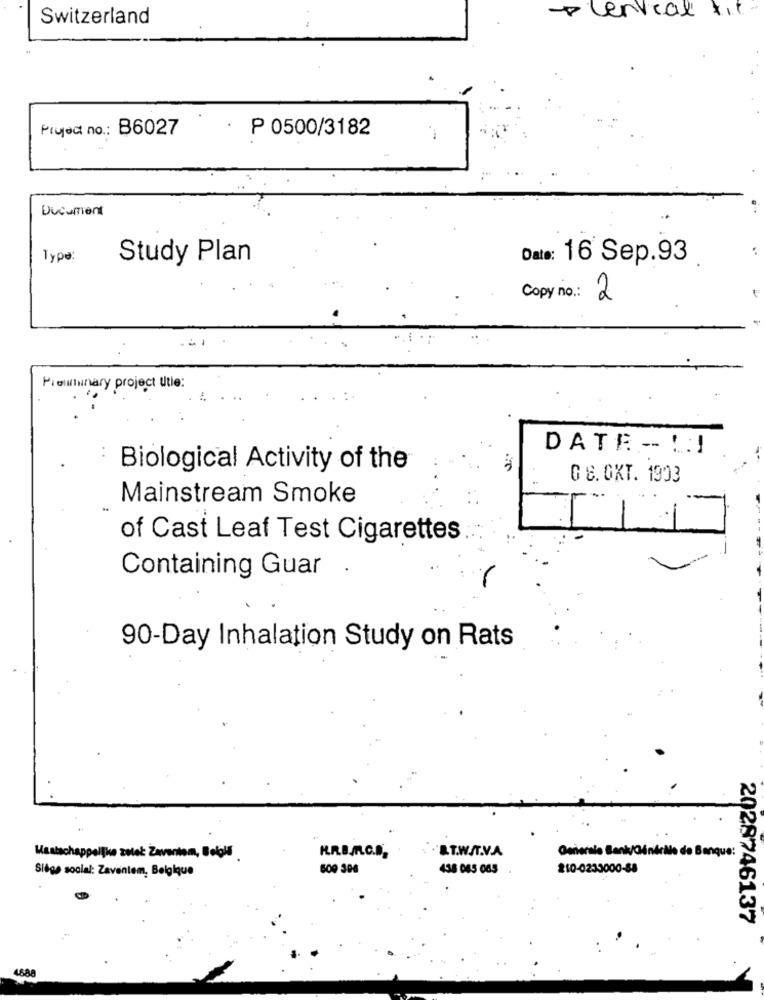
Plenical fit
Switzerland
Project no .: B6027
P 0500/3182
Document
Type:
Study Plan
Date: 16 Sep.93
Copy no .: 2
Pielinary project Ute:
1.
DATE - 1:1
Biological Activity of the
0 8. OKT. 1903
Mainstream Smoke
of Cast Leaf Test Cigarettes
Containing Guar .
90-Day Inhalation Study on Rats
&T.W./T.V.A
que:
Maatschappelijke zetet: Zaventem, Belold
ILR.B.A.C.S.
Generale Bank/Générale de Bo
Siège social: Zaventem, Belgique
609 396
438 085 085
210-0233000-88
2028746137